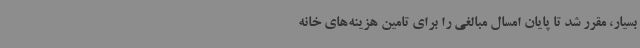
بسیار، مقرر شد تا پایان امسال مبالغی را برای تامین هزینه‌های خانه